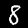
Label: 8